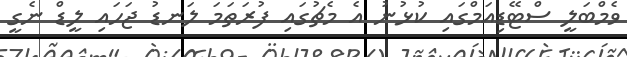
ވެމްބަލީ ސްޓޭޑިއަމްގައި ކުޅުނު އެ މެޗުގައި ފުރަތަމަ ލަނޑު ޖަހައި ލީޑް ނެގީ